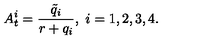
A _ { t } ^ { i } = \frac { \tilde { q } _ { i } } { r + q _ { i } } , \ i = 1 , 2 , 3 , 4 .